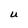
Character: U